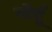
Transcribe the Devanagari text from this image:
नॉर्बू